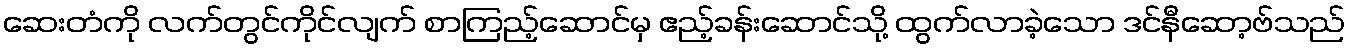
ဆေးတံကို လက်တွင်ကိုင်လျက် စာကြည့်ဆောင်မှ ဧည့်ခန်းဆောင်သို့ ထွက်လာခဲ့သော ဒင်နီဆော့ဗ်သည်